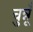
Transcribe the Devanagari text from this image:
चुन्नूँ